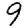
Digit: 9